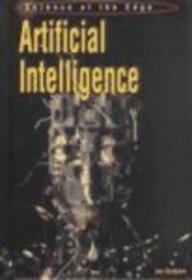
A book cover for Artifical Intelligence (Science at the Edge); Ian Graham; Children's Books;